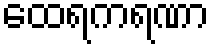
ထေရကရဏာ